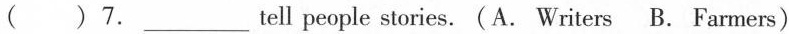
( ) 7.___tell people stories. (A. Writers B. Farmers)